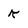
Character: k